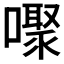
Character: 𰈸